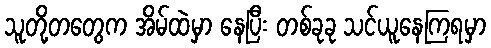
သူတို့တတွေက အိမ်ထဲမှာ နေပြီး တစ်ခုခု သင်ယူနေကြရမှာ